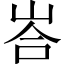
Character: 峇